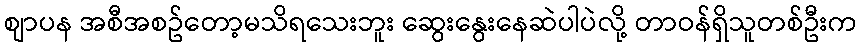
စျာပန အစီအစဥ်တော့မသိရသေးဘူး ဆွေးနွေးနေဆဲပါပဲလို့ တာဝန်ရှိသူတစ်ဦးက